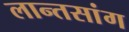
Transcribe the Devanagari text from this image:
लान्तसांग